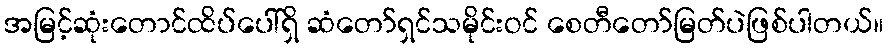
အမြင့်ဆုံးတောင်ထိပ်ပေါ်ရှိ ဆံတော်ရှင်သမိုင်းဝင် စေတီတော်မြတ်ပဲဖြစ်ပါတယ်။